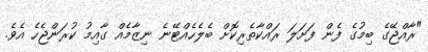
"ރާއްޖޭގެ ބިމުގެ ފެން ފަށަލަ ރައްކާތެރިކޮށް ބެލެހެއްޓޭނެ ނިޒާމެއް ގާއިމު ކުރަންޖެހެ އެވެ.